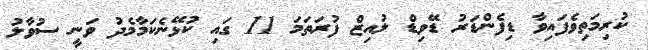
ކުރިމަތިވެފައިވާ ޑިފެންޑަރު ޑޭވިޑް ލުއިޒް ފުރަތަމަ 11 ގައި ކުޅޭނެކަމާމެދު ވަނީ ސުވާލު